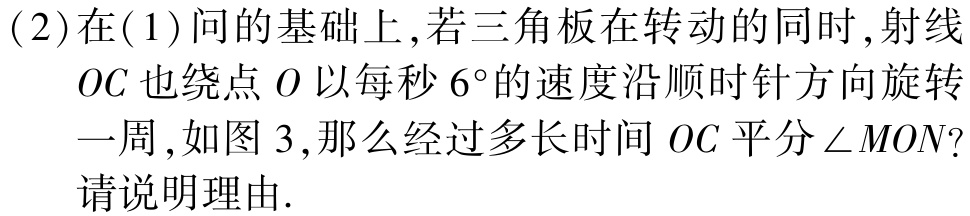
(2)在(1)问的基础上,若三角板在转动的同时,射线

\(OC\)也绕点\(O\)以每秒\(6^{\circ}\)的速度沿顺时针方向旋转

一周,如图3,那么经过多长时间\(OC\)平分\(\angle MON\)?

请说明理由.